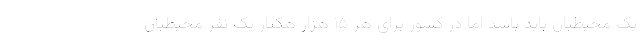
یک محیطبان باید باشد اما در کشور برای هر ۱۵ هزار هکتار یک نفر محیطبان